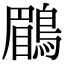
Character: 鶥